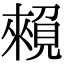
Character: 𧡽